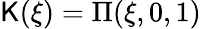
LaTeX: \mathsf{K}(\xi)=\Pi(\xi,0,1)